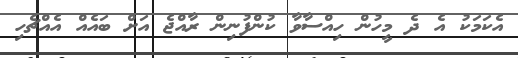
އެކަމަކު އެ ދެ މީހުން ހިއްސާވާ ކުންފުނިން ރާއްޖެ އަށް ބައެއް އެއްޗެހި